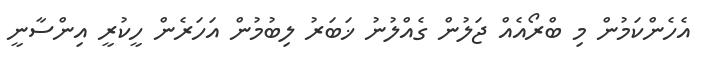
އެހެންކަމުން މި ބްރޯއެއް ޖަލުން ގެއްލުނު ޚަބަރު ލިބުމުން އަހަރެން ހީކުރީ އިންސާނީ